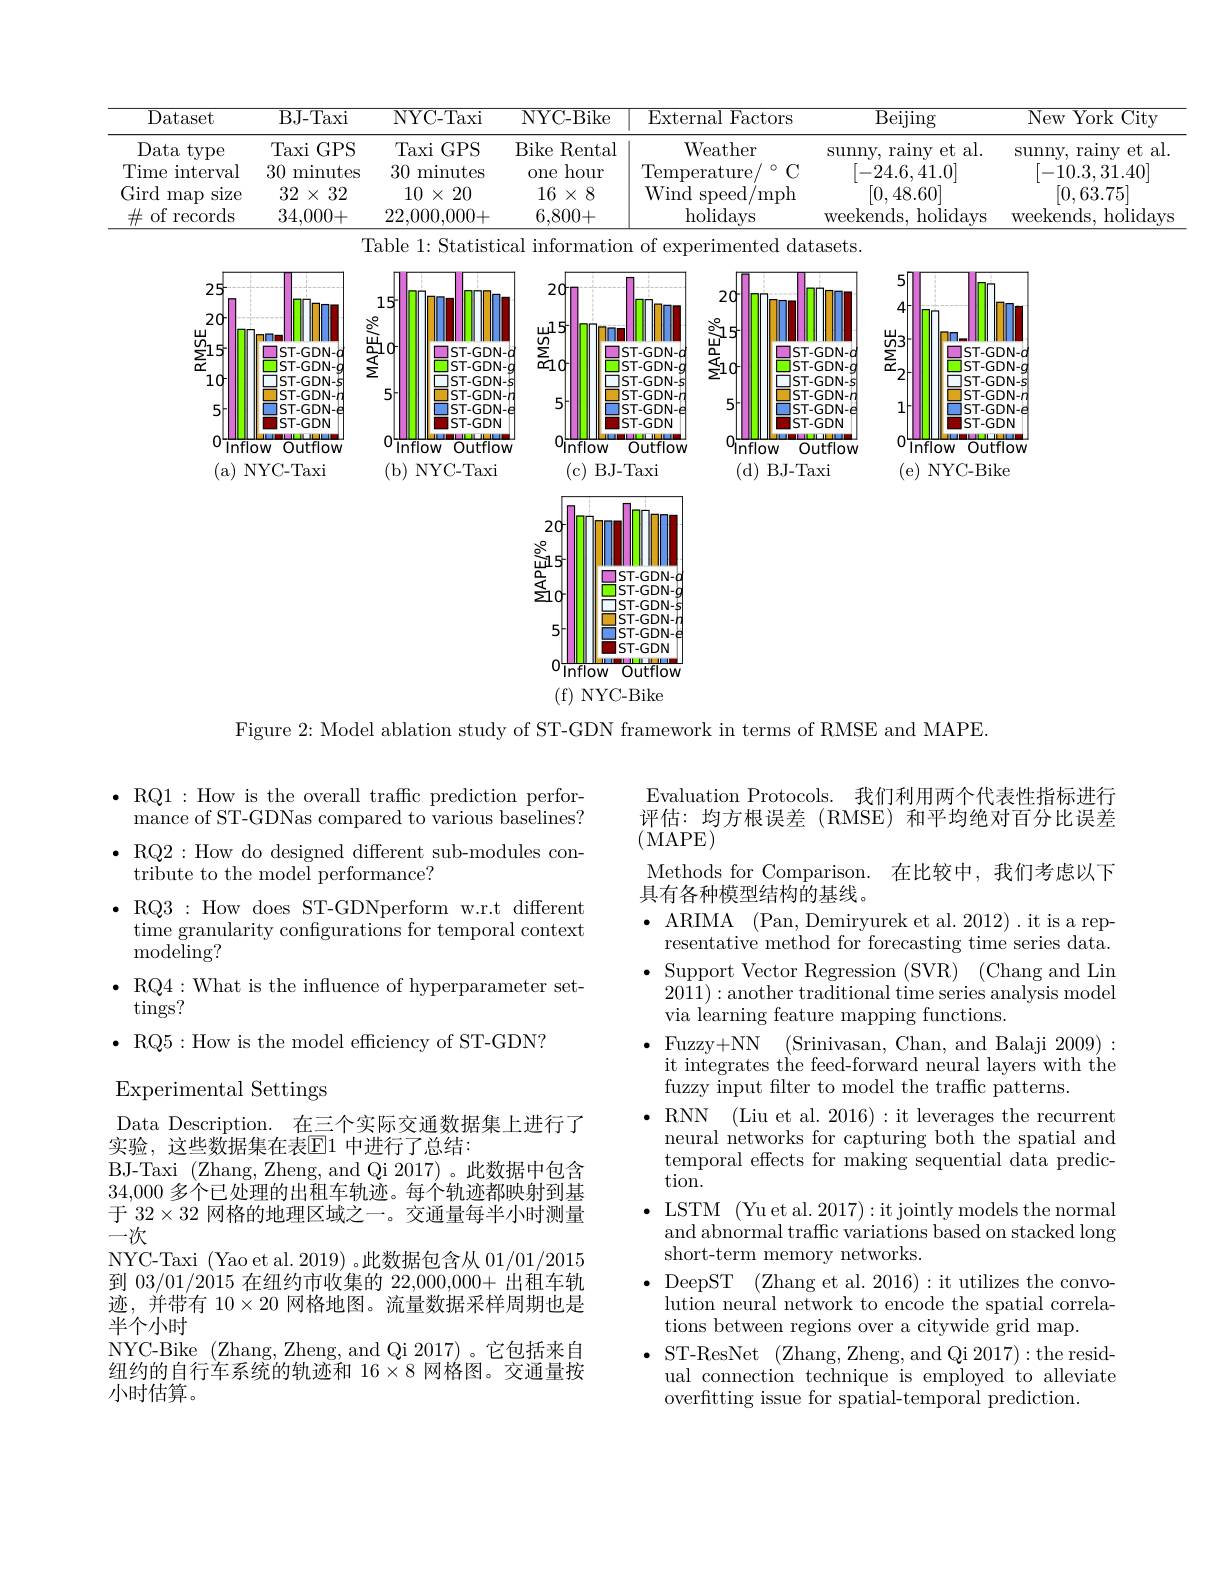
al.
<table>
	<tbody>
		<tr>
			<th>Dataset</th>
			<th>BJ-Taxi</th>
			<th>NYC- Taxi</th>
			<th>NYC- Bike</th>
			<th>External Factors</th>
			<th>$\overline{\mathrm{Beijing}}$</th>
			<th>New $v$York Ci</th>
		</tr>
		<tr>
			<td>Data type</td>
			<td>Taxi $GPS$</td>
			<td>Taxi $GPS$</td>
			<td>Bike Rental</td>
			<td>Weather</td>
			<td>rainy et al. sunny, </td>
			<td>$\operatorname{sunny}$, $\operatorname{rainy}$ $et$</td>
		</tr>
		<tr>
			<td>Time interval</td>
			<td>30 minutes</td>
			<td>30 minutes</td>
			<td>hour $0ne$</td>
			<td>Temperature</td>
			<td>[-24.6,41.0]</td>
			<td>[-10.3.31.40]</td>
		</tr>
		<tr>
			<td>Gird size map</td>
			<td>32 $2\times32$ </td>
			<td>10 $X$ 20</td>
			<td>$16\times8$</td>
			<td>Wind speed mph 1</td>
			<td>[0,48.60]</td>
			<td>[0,63.75]</td>
		</tr>
		<tr>
			<td>$\#$of records</td>
			<td>34,000+</td>
			<td>22,000,000+</td>
			<td>6,800+</td>
			<td>holidays</td>
			<td>weekends, holidays</td>
			<td>weekends. holic</td>
		</tr>
	</tbody>
</table>

<FigureHere>

Figure 2: Model ablation study of ST-GDN framework in terms of RMSE and MAPE.

$\bullet$ RQ1:How is the overall traffc prediction performance of ST-GDNas compared to various baselines? $\cdot{\mathrm{RQ2:How~do~designed~different~sub-modules~con-}}$ tribute to the model performance?
$\bullet$RQ3:How doesS$T- GDNperformw. r. tdifferent$ time granularity configurations for temporal context ${\mathrm{modeling?}}$
$\bullet$ RQ4:What is the influence of hyperparameter set-
$\tan$gs?
$\bullet$ RQ5:How is the model efficiency of ST-GDN?
Experimental Settings
Data Description. 在三个实际交通数据集上进行了
实验，这些数据集在表$\mathbb{E}$1 中进行了总结：
BJ-Taxi (Zhang, Zheng, and Qi 2017)。此数据中包含34,000多个已处理的出租车轨迹。每个轨迹都映射到基于$32\times32$网格的地理区域之一。交通量每半小时测量一次
NYC-Taxi (Yao et al. 2019) 。此数据包含从01/01/2015到03/01/2015在纽约市收集的 22,000,000+ 出租车轨迹，并带有$10\times20$网格地图。流量数据采样周期也是半个小时
NYC-Bike (Zhang,Zheng,andQi2017)。它包括来自纽约的自行车系统的轨迹和 16$\times8$网格图。交通量按小时估算。

Evaluation Protocols. 我们利用两个代表性指标进行评估：均方根误差(RMSE)和平均绝对百分比误差$({\mathrm{~MAPE}})$
Methods for Comparison. 在比较中，我们考虑以下
具有各种模型结构的基线。
$\bullet$ ARIMA (Pan, Demiryurek et al. 2012). it is a rep-
resentative method for forecasting time series data. Support Vector Regression (SVR) (Chang and Lin 2011):another traditional time series analysis model via learning feature mapping functions.
Fuzzy+NN (Srinivasan, Chan, and Balaji 2009): it integrates the feed-forward neural layers with the fuzzy input filter to model the traffic patterns.
$\bullet$ RNN (Liu et al. 2016):it leverages the recurrent
neural networks for capturing both the spatial and temporal effects for making sequential data prediction.
$\bullet$ LSTM (Yu et al. 2017):it jointly models the normal
and abnormal traffc variations based on stacked long
short-term memory networks.
$\bullet$DeepST(Zhang et al.2016):it utilizes the convo-
lution neural network to encode the spatial correla-
tions between regions over a citywide grid map.
$\bullet$ST-ResNet (Zhang,Zheng, and Qi 2017):the resid-
ual connection technique is employed to alleviate
overfitting issue for spatial-temporal prediction.